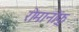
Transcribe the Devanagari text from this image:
रोमानोफ़्